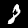
Digit: 8